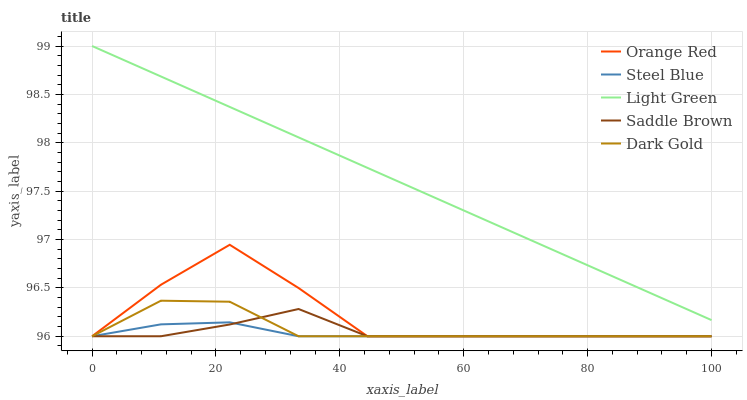
| xaxis_label | Orange Red | Steel Blue | Light Green | Saddle Brown | Dark Gold |
 | --- | --- | --- | --- | --- | --- |
 | 0 | 96 | 96 | 99 | 96 | 96 |
 | 11.1 | 96.5 | 96.1 | 98.7 | 96 | 96.4 |
 | 22.2 | 96.9 | 96.1 | 98.4 | 96.1 | 96.4 |
 | 33.3 | 96.5 | 96 | 98.1 | 96.3 | 96 |
 | 44.4 | 96 | 96 | 97.7 | 96 | 96 |
 | 55.6 | 96 | 96 | 97.4 | 96 | 96 |
 | 66.7 | 96 | 96 | 97.1 | 96 | 96 |
 | 77.8 | 96 | 96 | 96.8 | 96 | 96 |
 | 88.9 | 96 | 96 | 96.5 | 96 | 96 |
 | 100 | 96 | 96 | 96.2 | 96 | 96 |